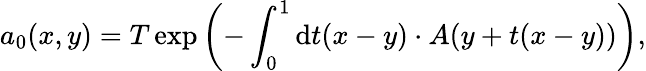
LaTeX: a_{0}(x,y)=T\exp\left(-\int_{0}^{1}\mathrm{d}t(x-y)\cdot A(y+t(x-y))\right),